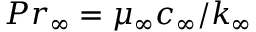
P r _ { \infty } = \mu _ { \infty } c _ { \infty } / k _ { \infty }